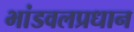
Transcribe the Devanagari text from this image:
भांडवलप्रधान